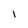
Character: I